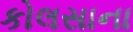
કોલસાના